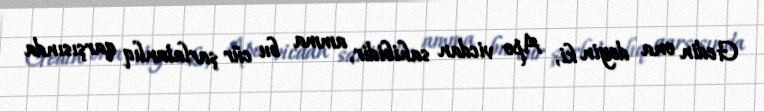
Gedin ona deyin ki, Apo vicdan sahibidir, amma bu cür şarlatanlıq qarşısında